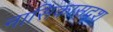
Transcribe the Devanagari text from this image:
नासिकासदृश